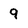
Character: 9